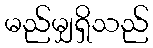
မည်မျှရှိသည်